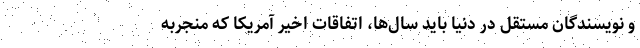
و نویسندگان مستقل در دنیا باید سال‌ها، اتفاقات اخیر آمریکا که منجربه